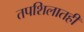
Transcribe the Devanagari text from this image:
तपशिलातही